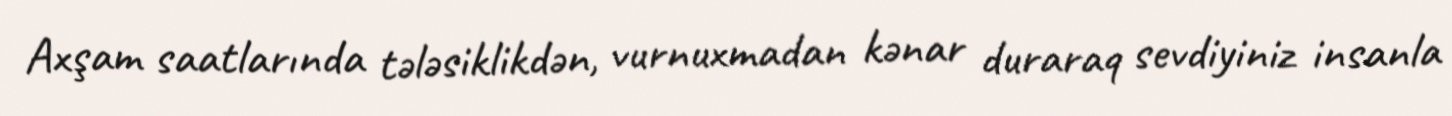
Axşam saatlarında tələsiklikdən, vurnuxmadan kənar duraraq sevdiyiniz insanla